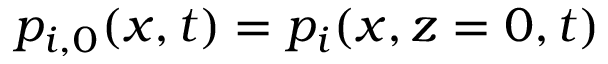
p _ { i , 0 } ( x , t ) = p _ { i } ( x , z = 0 , t )